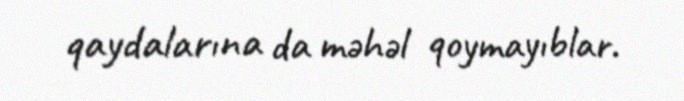
qaydalarına da məhəl qoymayıblar.